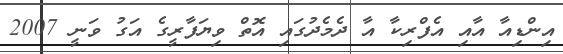
އިންޑިއާ އާއި އެފްރިކާ އާ ދެމެދުގައި އޮތް ވިޔަފާރީގެ އަގު ވަނީ 2007